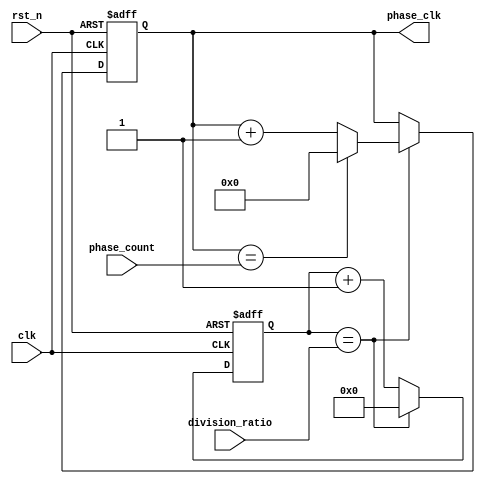
module multi_phase_clock_divider (
  input wire clk,
  input wire rst_n,
  input wire [3:0] phase_count,
  input wire [7:0] division_ratio,
  output reg [3:0] phase_clk
);

reg [7:0] counter;

always @(posedge clk or negedge rst_n) begin
  if (~rst_n) begin
    counter <= 8'b0;
    phase_clk <= 4'b0;
  end else begin
    counter <= counter + 1;
    
    if (counter == division_ratio) begin
      counter <= 8'b0;
      phase_clk <= phase_clk + 1;
      if (phase_clk == phase_count) begin
        phase_clk <= 4'b0;
      end
    end
  end
end

endmodule